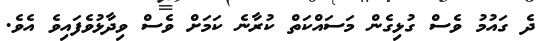
ދެ ގައުމު ވެސް ގުޅިގެން މަސައްކަތް ކުރާނެ ކަމަށް ވެސް ވިދާޅުވެފައިވެ އެވެ.